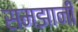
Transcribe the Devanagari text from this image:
समझानी